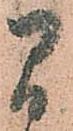
間